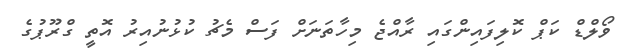
ވޯލްޑް ކަޕް ކޮލިފައިންގައި ރާއްޖެ މިހާތަނަށް ފަސް މެޗު ކުޅުނުއިރު އޮތީ ގްރޫޕުގެ